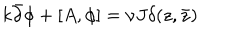
k \bar { \partial } \phi + [ A , \phi ] = \nu J \delta ( z , \bar { z } )